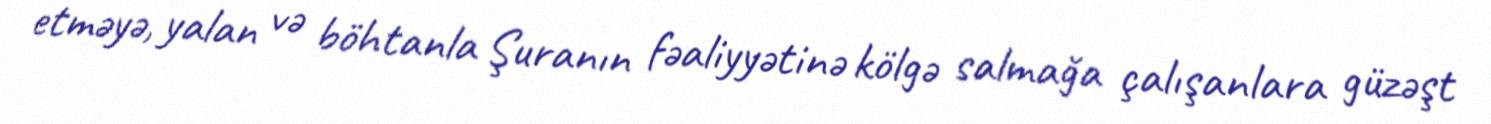
etməyə, yalan və böhtanla Şuranın fəaliyyətinə kölgə salmağa çalışanlara güzəşt